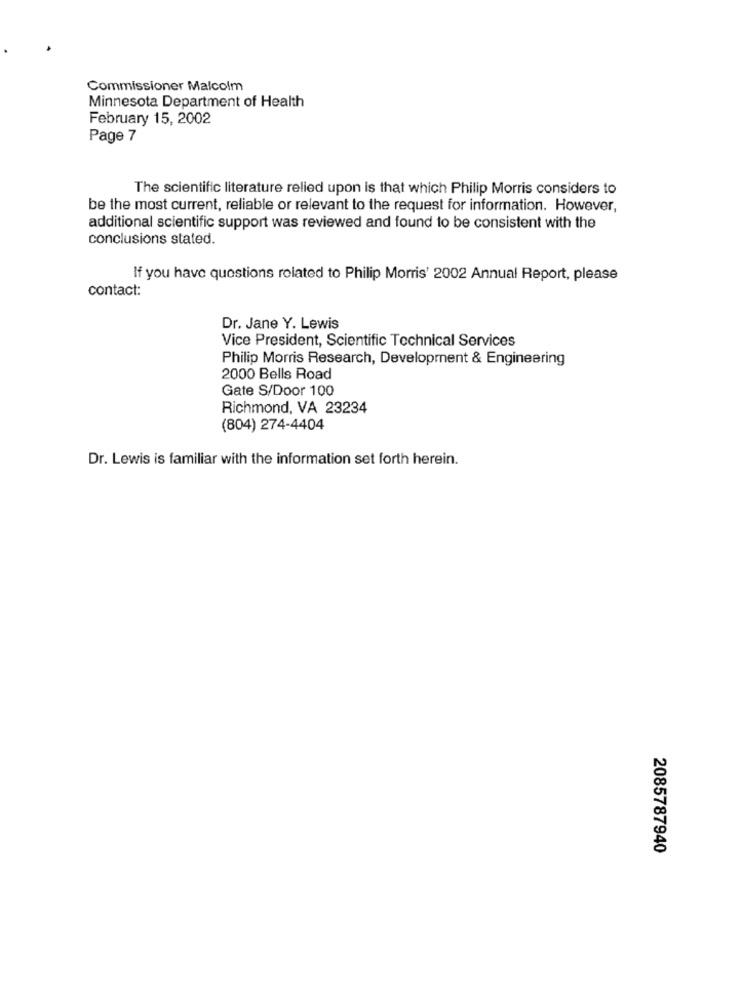
Commissioner Malcolm
Minnesota Department of Health
February 15, 2002
Page 7
The scientific literature relied upon is that which Philip Morris considers to
be the most current, reliable or relevant to the request for information. However,
additional scientific support was reviewed and found to be consistent with the
conclusions stated.
If you have questions related to Philip Morris' 2002 Annual Report, please
contact:
Dr. Jane Y. Lewis
Vice President, Scientific Technical Services
Philip Morris Research, Development & Engineering
2000 Bells Road
Gate S/Door 100
Richmond, VA 23234
(804) 274-4404
Dr. Lewis is familiar with the information set forth herein.
2085787940